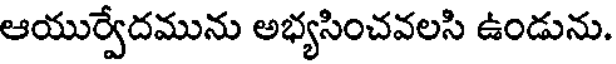
ఆయుర్వేదమును అభ్యసించవలసి ఉండును.